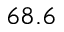
6 8 . 6